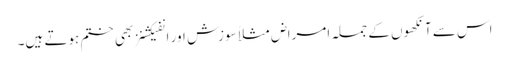
اس سے آنکھوں کے جملہ امراض مثلاً سوزش اور انفیکشنز بھی ختم ہوتے ہیں۔